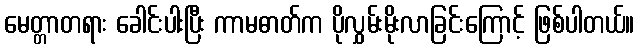
မေတ္တာတရား ခေါင်းပါးပြီး ကာမဓာတ်က ပိုလွှမ်းမိုးလာခြင်းကြောင့် ဖြစ်ပါတယ်။